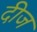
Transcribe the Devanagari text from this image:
दीज